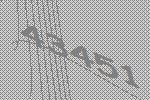
43451